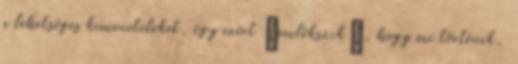
a lehetséges kimeneteleket, így ezért “emlékszik”, hogy mi történik,